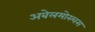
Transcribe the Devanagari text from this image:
अबेलमोस्चस